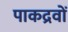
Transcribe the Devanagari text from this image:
पाकद्रवों